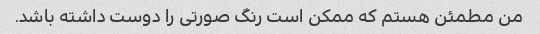
من مطمئن هستم که ممکن است رنگ صورتی را دوست داشته باشد.